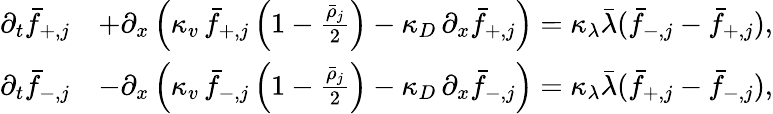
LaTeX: \begin{array}{r}{\begin{array}{rl}{\partial_{t}\bar{f}_{+,j}}&{+\partial_{x}\left(\kappa_{v}\, \bar{f}_{+,j}\left(1-\frac{\bar{\rho}_{j}}{2}\right)-\kappa_{D}\, \partial_{x}\bar{f}_{+,j}\right)=\kappa_{\lambda}\bar{\lambda}(\bar{f}_{-,j}-\bar{f}_{+,j}),}\\ {\partial_{t}\bar{f}_{-,j}}&{-\partial_{x}\left(\kappa_{v}\, \bar{f}_{-,j}\left(1-\frac{\bar{\rho}_{j}}{2}\right)-\kappa_{D}\, \partial_{x}\bar{f}_{-,j}\right)=\kappa_{\lambda}\bar{\lambda}(\bar{f}_{+,j}-\bar{f}_{-,j}),}\end{array}}\end{array}